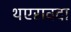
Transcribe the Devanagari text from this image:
थएरावदा